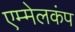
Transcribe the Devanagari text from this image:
एम्मेलकंप